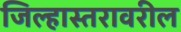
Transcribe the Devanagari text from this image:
जिल्हास्तरावरील